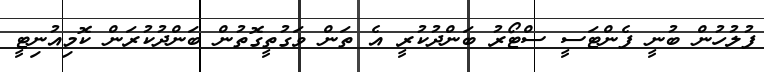
ފުލުހުން ބުނީ ފެންޓަސީ ސްޓޯރު ބަންދުކުރީ އެ ތަން ވަގުތީގޮތުން ބަންދުކުރަން ކޮމިއުނިޓީ